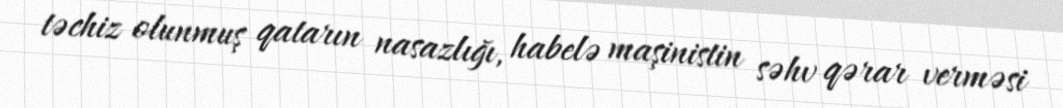
təchiz olunmuş qatarın nasazlığı, habelə maşinistin səhv qərar verməsi